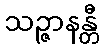
သဉ္ဇာနန္တီ